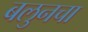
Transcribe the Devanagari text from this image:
बलुनचा